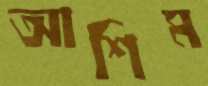
আশিম